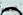
موعده